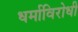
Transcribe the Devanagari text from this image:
धर्माविरोधी